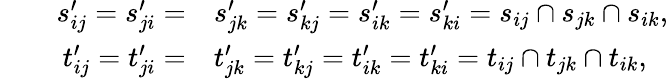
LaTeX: \begin{array}{rlrl}&{}&{s_{ij}^{\prime}=s_{ji}^{\prime}=}&{s_{jk}^{\prime}=s_{kj}^{\prime}=s_{ik}^{\prime}=s_{ki}^{\prime}=s_{ij}\cap s_{jk}\cap s_{ik},}\\ &{}&{t_{ij}^{\prime}=t_{ji}^{\prime}=}&{t_{jk}^{\prime}=t_{kj}^{\prime}=t_{ik}^{\prime}=t_{ki}^{\prime}=t_{ij}\cap t_{jk}\cap t_{ik},}\end{array}